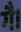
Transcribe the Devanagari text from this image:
गै।